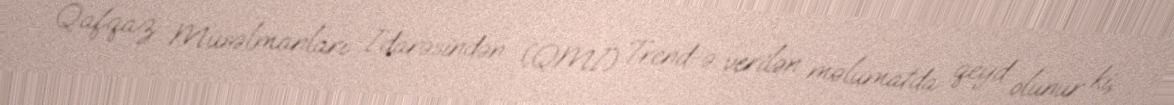
Qafqaz Müsəlmanları İdarəsindən (QMİ) Trend-ə verilən məlumatda qeyd olunur ki,